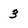
Character: 3